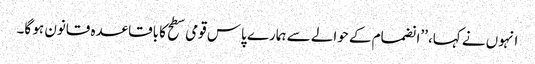
انہوں نے کہا، ’’انضمام کے حوالے سے ہمارے پاس قومی سطح کا باقاعدہ قانون ہو گا۔